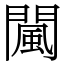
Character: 闏